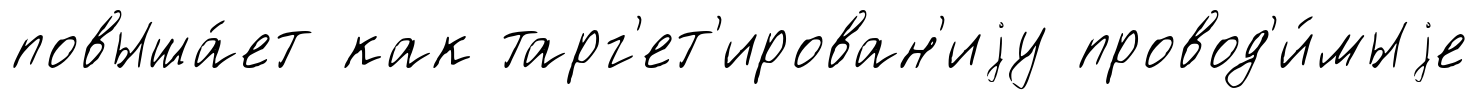
повыша́ет как тарг'ет'ирован'иjу провод'и́мыjе